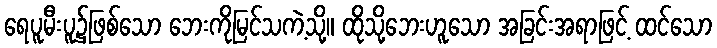
ရေပူမီးပူ၌ဖြစ်သော ဘေးကိုမြင်သကဲ့သို့။ ထိုသို့ဘေးဟူသော အခြင်းအရာဖြင့် ထင်သော